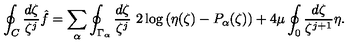
\oint _ { C } \frac { d \zeta } { \zeta ^ { j } } \hat { f } = \sum _ { \alpha } \oint _ { \Gamma _ { \alpha } } \frac { d \zeta } { \zeta ^ { j } } \ 2 \log \left( \eta ( \zeta ) - P _ { \alpha } ( \zeta ) \right) + 4 \mu \oint _ { 0 } \frac { d \zeta } { \zeta ^ { j + 1 } } \eta .